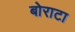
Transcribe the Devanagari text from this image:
बोराटा